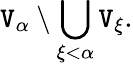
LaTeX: \mathtt{V}_{\alpha}\setminus\bigcup_{\xi<\alpha}\mathtt{V}_{\xi}.